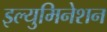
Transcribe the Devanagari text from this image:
इल्युमिनेशन